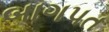
બાગપત